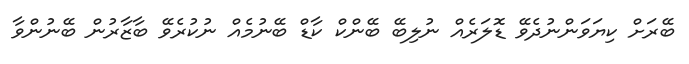
ބޭރަށް ކިޔަވަންނުދެވޭ ޑޮލަރެއް ނުލިބޭ ބޭންކް ކާޑް ބޭނުމެއް ނުކުރެވޭ ބާޒާރުން ބޭނުންވާ